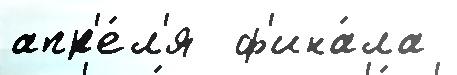
апр'е́л'я  ф'ина́ла